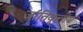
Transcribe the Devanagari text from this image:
जातिवृत्‍तीय